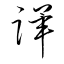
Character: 蹕